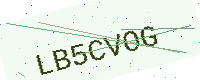
Text: LB5CVOG